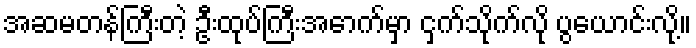
အဆမတန်ကြီးတဲ့ ဦးထုပ်ကြီးအောက်မှာ ငှက်သိုက်လို ပွယောင်းလို့။